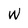
Character: w